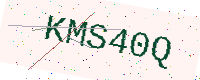
Text: KMS40Q